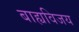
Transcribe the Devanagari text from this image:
बाह्यविजय